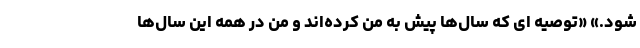
شود.» «توصیه ای که سال‌ها پیش به من کرده‌اند و من در همه این سال‌ها